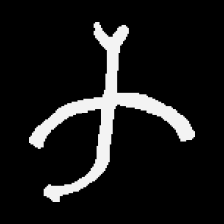
Pyu character \u2014 Myanmar letter: က (romanized: ka)